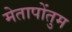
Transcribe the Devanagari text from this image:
मेतापोंतुम